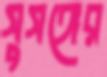
সুসঙ্গের